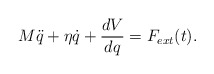
\begin{align*}M\ddot{q} + \eta\dot{q} + \frac{dV}{dq} = F_{ext}(t).\end{align*}